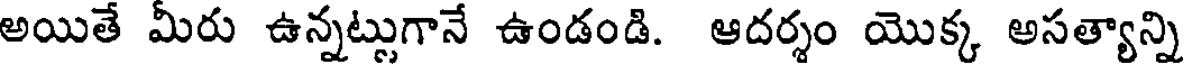
అయితే మీరు ఉన్నట్లుగానే ఉండండి. ఆదర్శం యొక్క అసత్యాన్ని